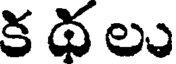
క థ లు